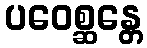
ပဝေစ္ဆန္တေ